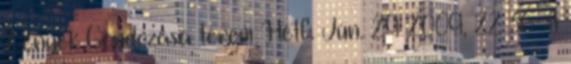
Lények Gondozása terem Hétf. Jún. 29 2009, 22:36 A